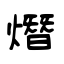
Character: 熸